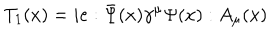
LaTeX: T _ { 1 } ( x ) = i e : \bar { \Psi } ( x ) \gamma ^ { \mu } \Psi ( x ) : A _ { \mu } ( x )